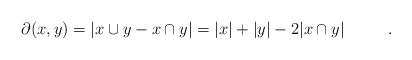
LaTeX: \begin{align*}\partial(x,y)&=|x\cup y-x\cap y|=|x|+|y|-2|x\cap y|\ \ \ \ \ \ \ \ .\end{align*}